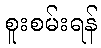
စူးစမ်းရန်